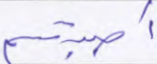
أصبتم